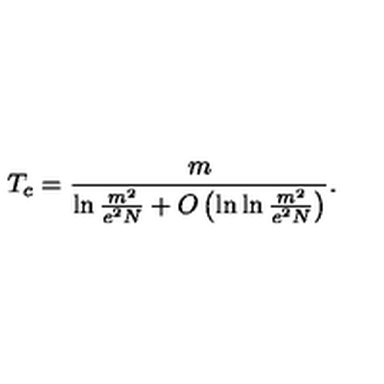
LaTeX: T _ { c } = \frac { m } { \ln \frac { m ^ { 2 } } { e ^ { 2 } N } + O \left( \ln \ln \frac { m ^ { 2 } } { e ^ { 2 } N } \right) } .